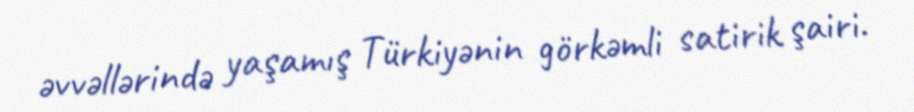
əvvəllərində yaşamış Türkiyənin görkəmli satirik şairi.